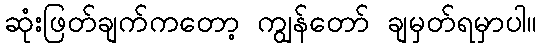
ဆုံးဖြတ်ချက်ကတော့ ကျွန်တော် ချမှတ်ရမှာပါ။